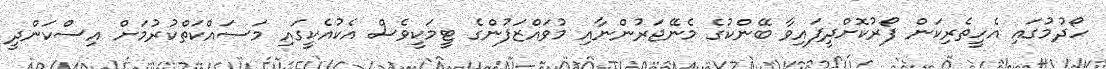
ހޯދުމުގައި އެހީތެރިކަން ފޯރުކޮށްދީފައިވާ ބޭންކުގެ މެނޭޖަރުންނާއި މުވައްޒަފުންގެ ޓީމަކީވެސް އެކުއެކީގައި މަސައްކަތްކުރުމަށް އިސްކަންދީ